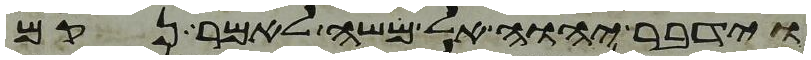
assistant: וידבר יהוה אל משה לאמר נקם